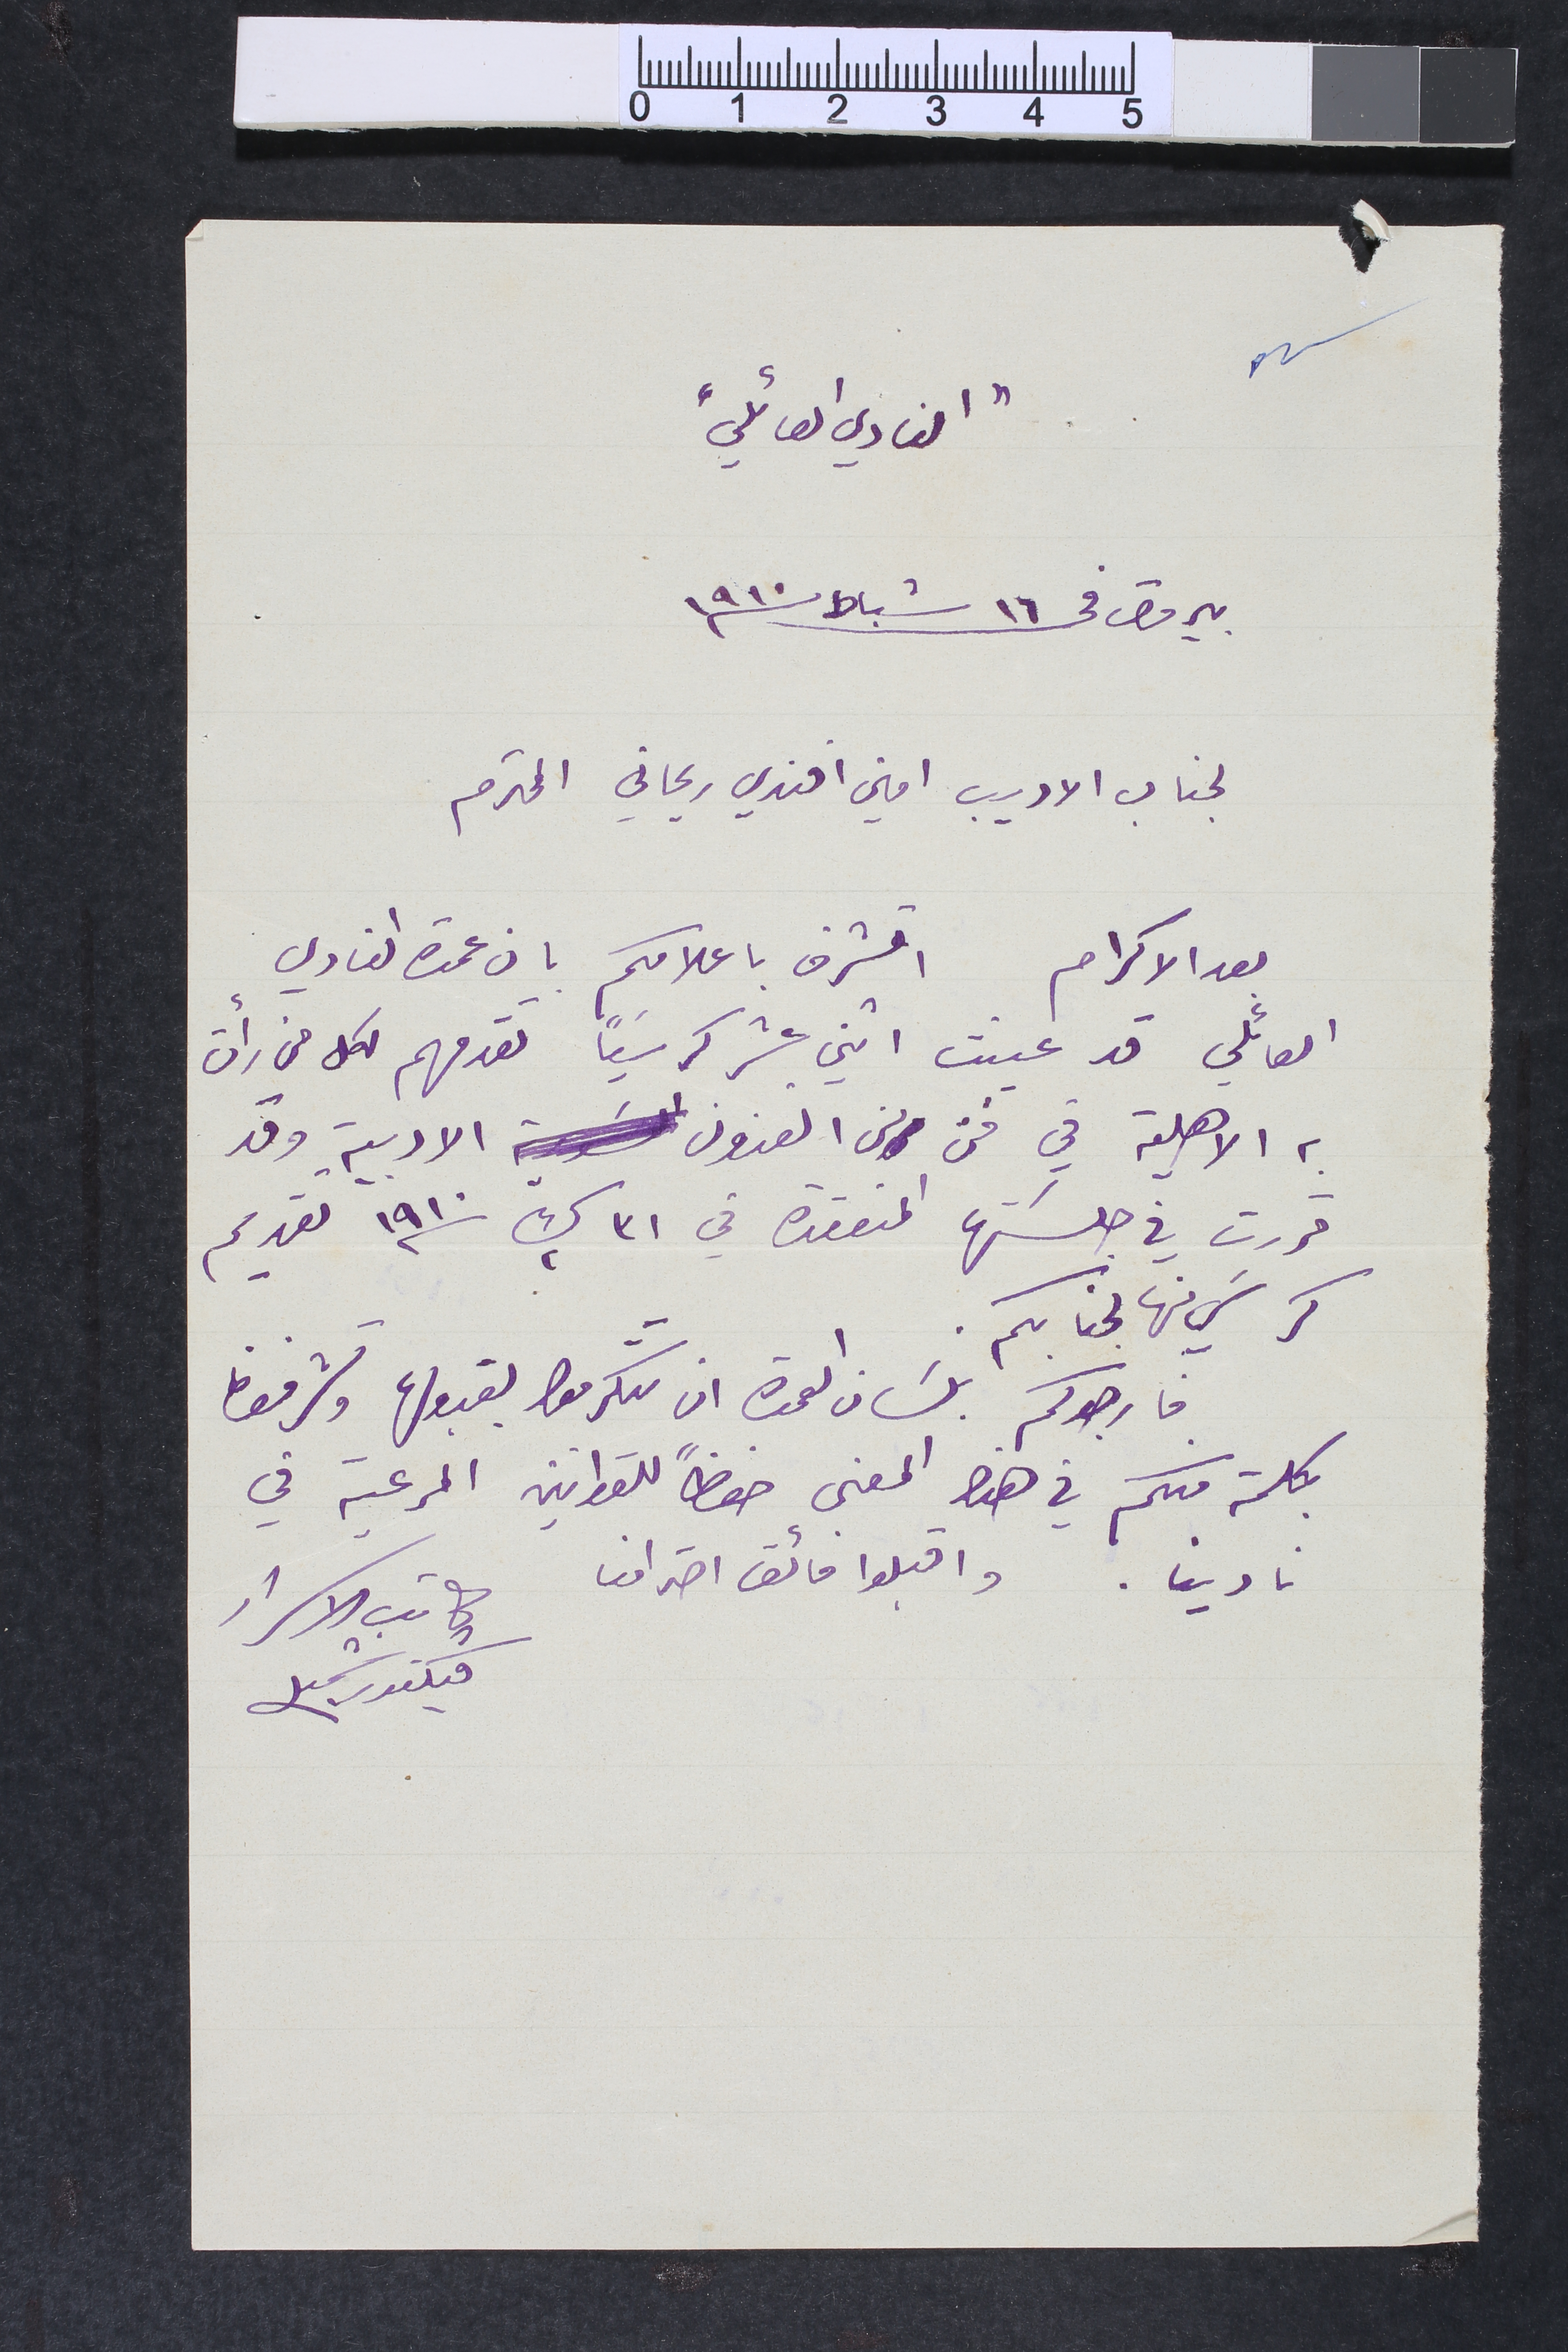
"النادي العائلي"
بيروت في 16 شباط سنة 1910
لجانب الاديب امين افندي ريحاني المحترم
بعد الاكرام اتشرف باعلامكم بان عمدة النادي
العائلي قد عينت اثني عشر كرسَياً تقدمهم لكل من رأت
به الاهلية في فن من الفنون الادبية وقد
قررت في جلستها المنعقدة في 31 ك2 سنة 1910 تقديم
كرسيَ منها لجنابكم.
فارجوكم بلسان العمدة ان تتكرموا بقبولها وتشرفونا
بكلمة منكم في هذا المعنى حفظاً للقوانين المرعية في
نادينا. واقبلوا فائق احترامنا
كاتب الاسرار
فيكتور شميل